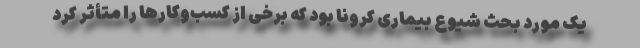
یک مورد بحث شیوع بیماری کرونا بود که برخی از کسب‌وکارها را متأثر کرد